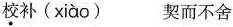
校补(xiào) 契而不舍